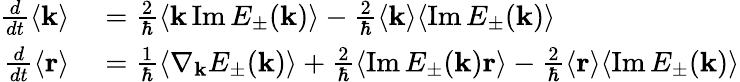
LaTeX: \begin{array}{rl}{\frac{d}{dt}\langle\mathbf{k}\rangle}&{{}=\frac{2}{\hbar}\langle\mathbf{k}\operatorname{Im}E_{\pm}(\mathbf{k})\rangle-\frac{2}{\hbar}\langle\mathbf{k}\rangle\langle\operatorname{Im}E_{\pm}(\mathbf{k})\rangle}\\ {\frac{d}{dt}\langle\mathbf{r}\rangle}&{{}=\frac{1}{\hbar}\langle\nabla_{\mathbf{k}}E_{\pm}(\mathbf{k})\rangle+\frac{2}{\hbar}\langle\operatorname{Im}E_{\pm}(\mathbf{k})\mathbf{r}\rangle-\frac{2}{\hbar}\langle\mathbf{r}\rangle\langle\operatorname{Im}E_{\pm}(\mathbf{k})\rangle}\end{array}